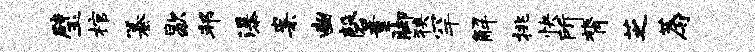
璧棺纂歇邦瀑案豳磬童脚狭罕解挑快所膂芝蓐